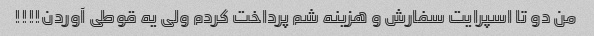
من دو تا اسپرایت سفارش و هزینه شم پرداخت کردم ولی یه قوطی آوردن!!!!